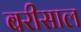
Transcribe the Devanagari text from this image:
बरीसाल